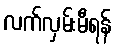
လက်လှမ်းမီရန်